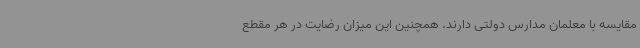
مقایسه با معلمان مدارس دولتی دارند. همچنین این میزان رضایت در هر مقطع